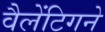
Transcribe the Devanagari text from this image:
वैलेंटिगने